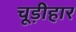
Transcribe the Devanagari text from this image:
चूड़ीहार